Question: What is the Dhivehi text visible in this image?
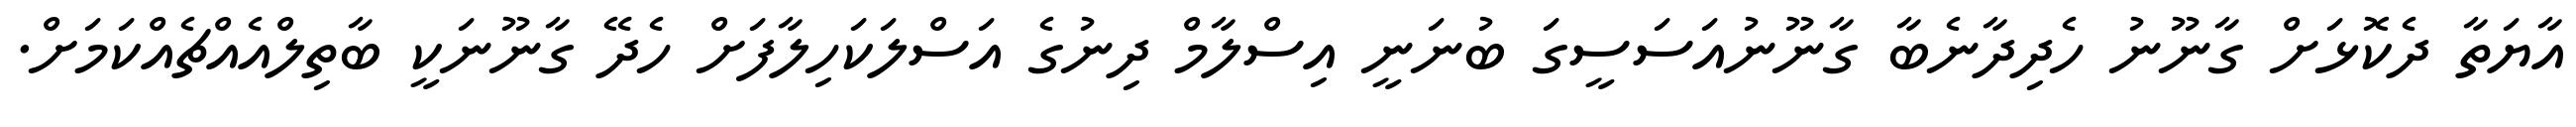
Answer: އާޔަތާ ދެކޮޅަށް ގާނޫނު ހެދިދާނެބާ ގާނޫނުއަސަސީގަ ބުނަނީ އިސްލާމް ދިނުގެ އަސްލަކަހިލާފަށް ހެދޭ ގާނޫނަކީ ބާތިލްއެއްޗެއްކަމަށް.